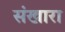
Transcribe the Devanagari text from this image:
संखारा